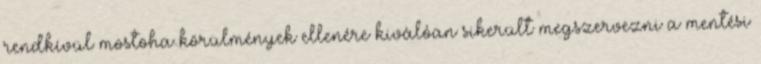
rendkívül mostoha körülmények ellenére kiválóan sikerült megszervezni a mentési